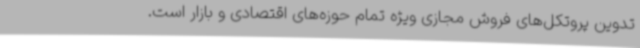
تدوین پروتکل‌های فروش مجازی ویژه تمام حوزه‌های اقتصادی و بازار است.